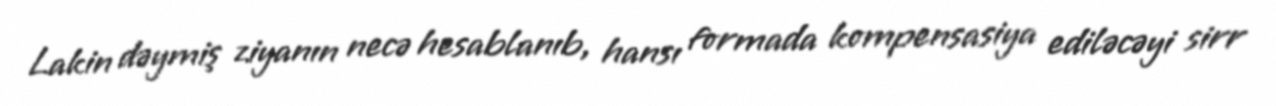
Lakin dəymiş ziyanın necə hesablanıb, hansı formada kompensasiya ediləcəyi sirr